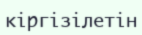
кіргізілетін